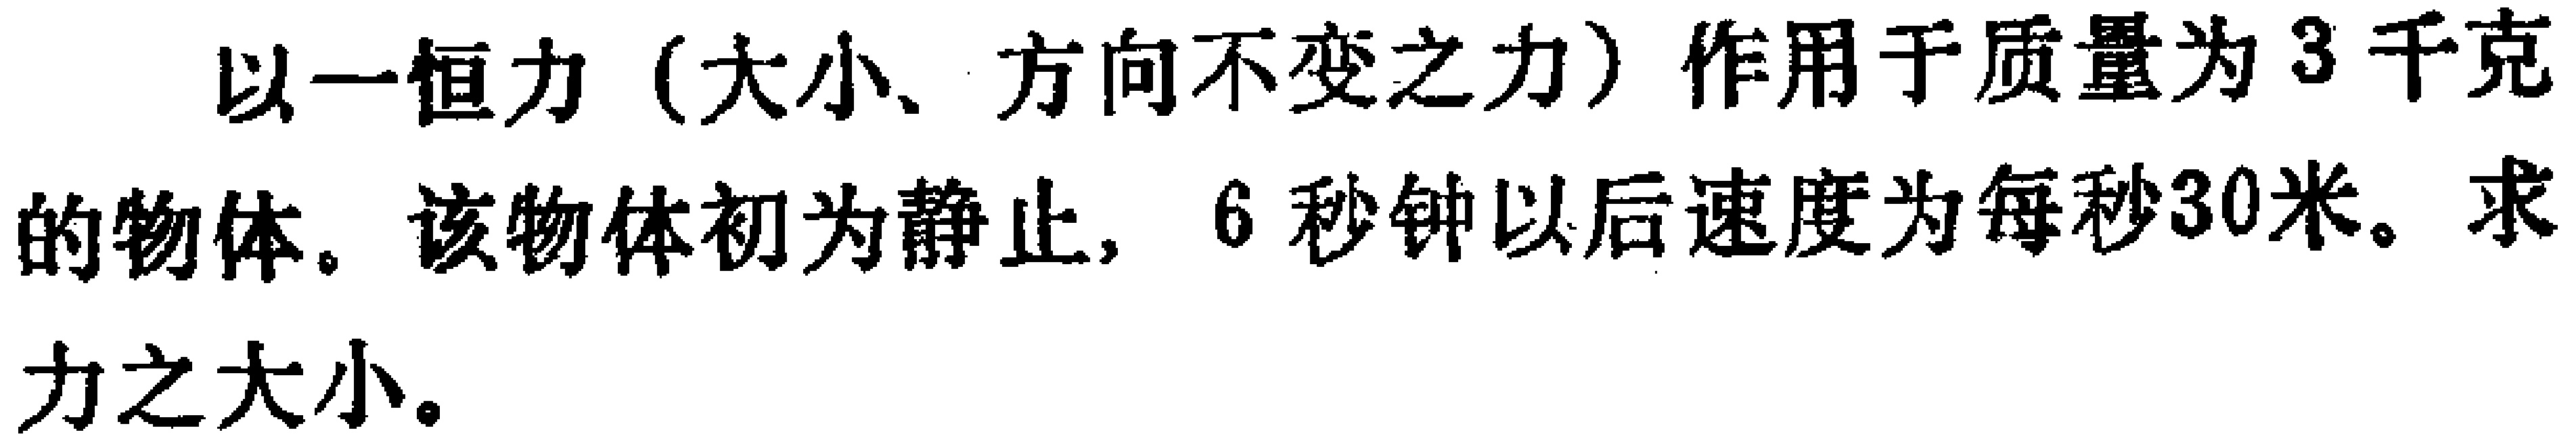
以一恒力（大小、方向不变之力）作用于质量为3千克的物体。该物体初为静止，6秒钟以后速度为每秒30米。求力之大小。